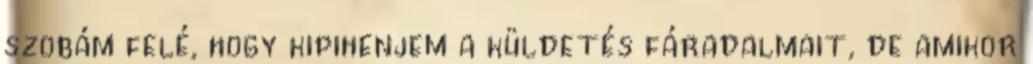
szobám felé, hogy kipihenjem a küldetés fáradalmait, de amikor